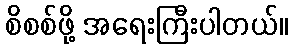
စိစစ်ဖို့ အရေးကြီးပါတယ်။